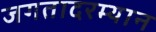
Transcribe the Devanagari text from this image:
जगतादरम्यान